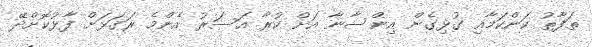
ތަފާތު ކަންކަމާއި ގުޅިގެން އިންސާނާ އަށް ކުރާ އަސަރު އެންމެ ރަގަޅަށް ފާޅުކޮށްދޭ